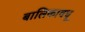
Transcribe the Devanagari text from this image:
बालिकावधू